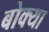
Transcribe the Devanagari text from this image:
बोक्‍या